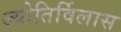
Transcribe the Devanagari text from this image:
ज्योतिर्विलास